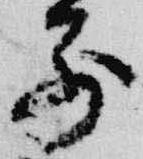
別